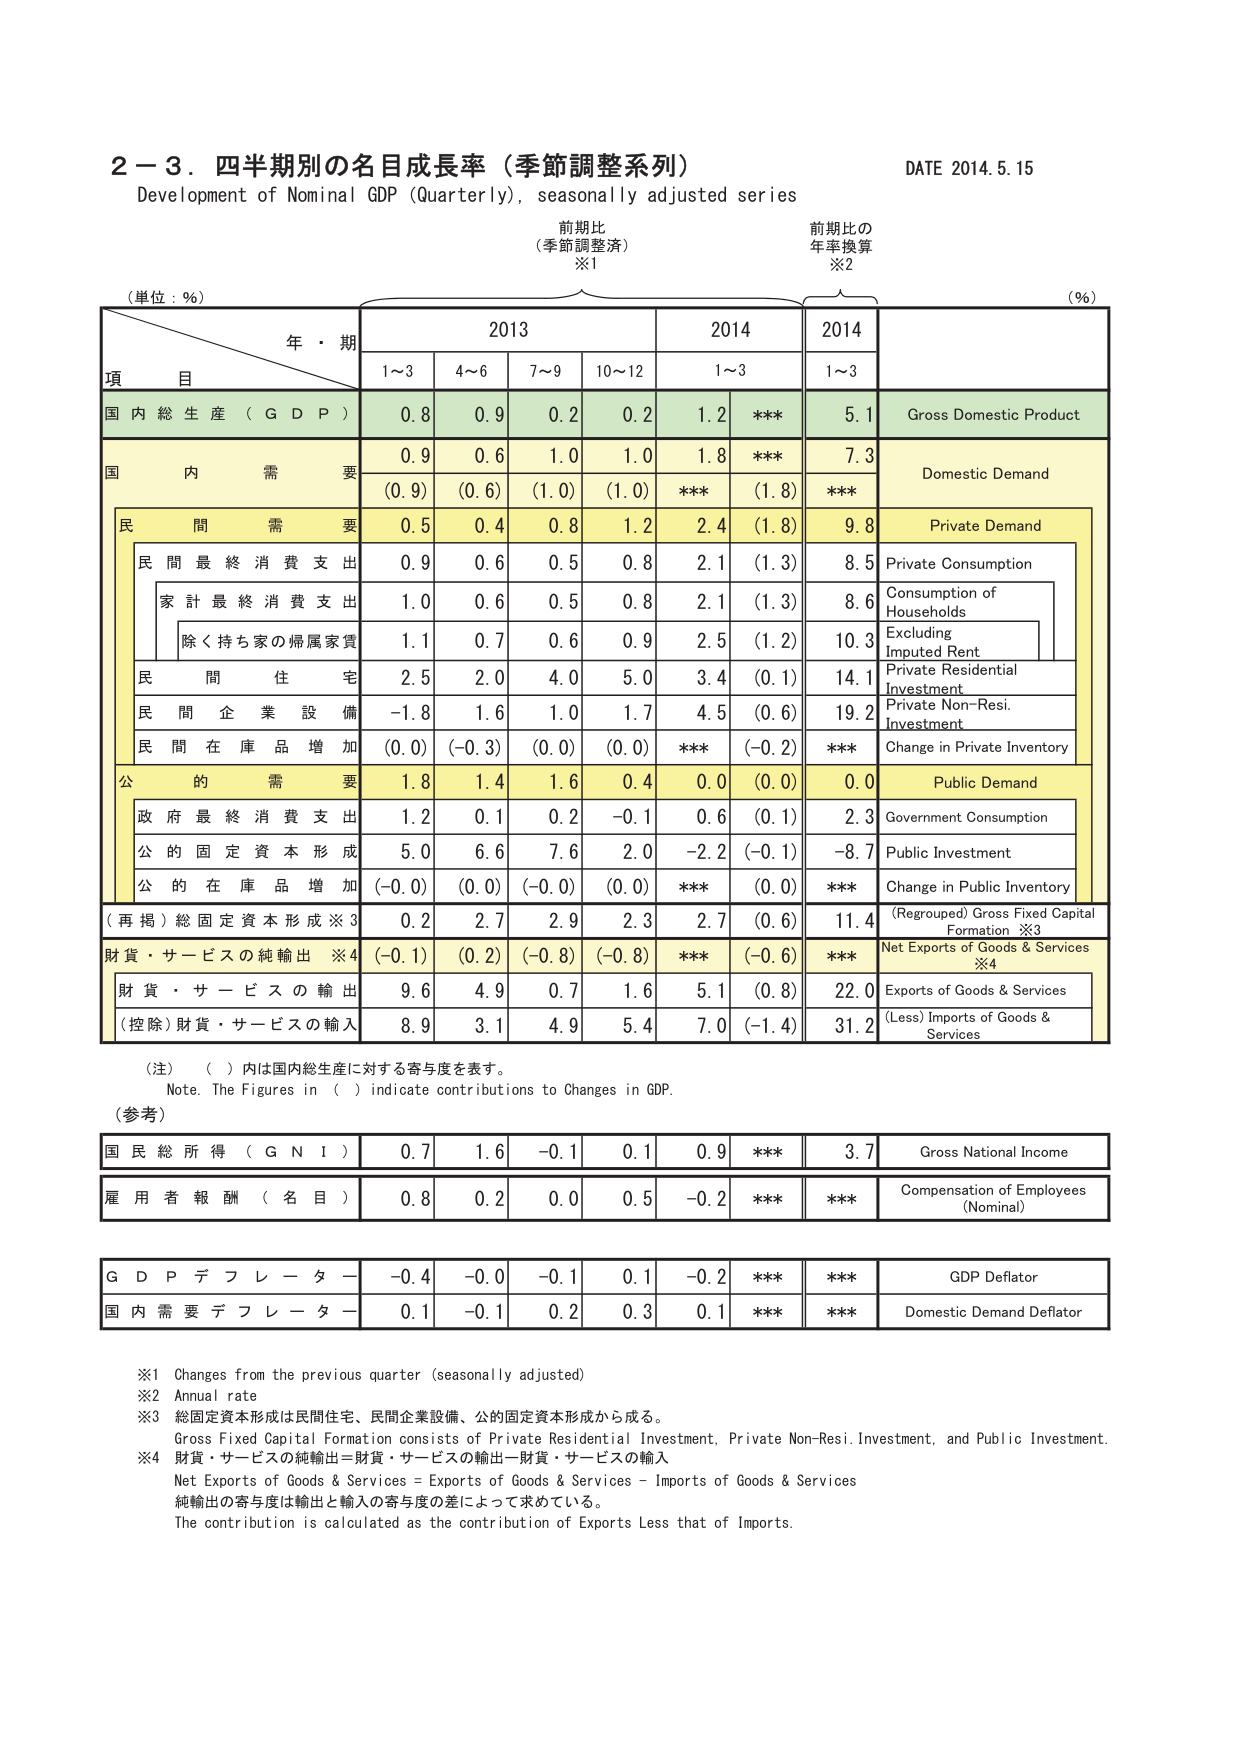
2－3．四半期別の名目成長率（季節調整系列）
Development of Nominal GDP (Quarterly), seasonally adjusted series
DATE 2014.5.15

前期比
（季節調整済）
※1

前期比の
年率換算
※2

（単位：％）
（％）

年・期
2013
2014
2014

項 目
1～3
4～6
7～9
10～12
1～3
1～3

国内総生産（GDP）
0.8
0.9
0.2
0.2
1.2
***
5.1
Gross Domestic Product

国内需要
0.9
0.6
1.0
1.0
1.8
***
7.3
Domestic Demand

（0.9）
（0.6）
（1.0）
（1.0）
***
（1.8）
***

民間需要
0.5
0.4
0.8
1.2
2.4
（1.8）
9.8
Private Demand

民間最終消費支出
0.9
0.6
0.5
0.8
2.1
（1.3）
8.5
Private Consumption

家計最終消費支出
1.0
0.6
0.5
0.8
2.1
（1.3）
8.6
Consumption of Households

除く持ち家の帰属家賃
1.1
0.7
0.6
0.9
2.5
（1.2）
10.3
Excluding Imputed Rent

民間住宅
2.5
2.0
4.0
5.0
3.4
（0.1）
14.1
Private Residential Investment

民間企業設備
-1.8
1.6
1.0
1.7
4.5
（0.6）
19.2
Private Non-Resi. Investment

民間在庫品増加
（0.0）
（-0.3）
（0.0）
（0.0）
***
（-0.2）
***
Change in Private Inventory

公的需要
1.8
1.4
1.6
0.4
0.0
（0.0）
0.0
Public Demand

政府最終消費支出
1.2
0.1
0.2
-0.1
0.6
（0.1）
2.3
Government Consumption

公的固定資本形成
5.0
6.6
7.6
2.0
-2.2
（-0.1）
-8.7
Public Investment

公的在庫品増加
（-0.0）
（0.0）
（-0.0）
（0.0）
***
（0.0）
***
Change in Public Inventory

（再掲）総固定資本形成※3
0.2
2.7
2.9
2.3
2.7
（0.6）
11.4
（Regrouped）Gross Fixed Capital Formation ※3

財貨・サービスの純輸出※4
（-0.1）
（0.2）
（-0.8）
（-0.8）
***
（-0.6）
***
Net Exports of Goods & Services ※4

財貨・サービスの輸出
9.6
4.9
0.7
1.6
5.1
（0.8）
22.0
Exports of Goods & Services

（控除）財貨・サービスの輸入
8.9
3.1
4.9
5.4
7.0
（-1.4）
31.2
（Less）Imports of Goods & Services

（注）（ ）内は国内総生産に対する寄与度を表す。
Note. The Figures in ( ) indicate contributions to Changes in GDP.

（参考）

国民総所得（GNI）
0.7
1.6
-0.1
0.1
0.9
***
3.7
Gross National Income

雇用者報酬（名目）
0.8
0.2
0.0
0.5
-0.2
***
***
Compensation of Employees (Nominal)

GDPデフレーター
-0.4
-0.0
-0.1
0.1
-0.2
***
***
GDP Deflator

国内需要デフレーター
0.1
-0.1
0.2
0.3
0.1
***
***
Domestic Demand Deflator

※1 Changes from the previous quarter (seasonally adjusted)
※2 Annual rate
※3 総固定資本形成は民間住宅、民間企業設備、公的固定資本形成から成る。
Gross Fixed Capital Formation consists of Private Residential Investment, Private Non-Resi. Investment, and Public Investment.
※4 財貨・サービスの純輸出＝財貨・サービスの輸出－財貨・サービスの輸入
Net Exports of Goods & Services = Exports of Goods & Services - Imports of Goods & Services
純輸出の寄与度は輸出と輸入の寄与度の差によって求めている。
The contribution is calculated as the contribution of Exports Less that of Imports.